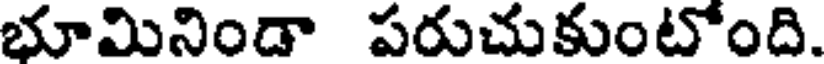
భూమినిండా పరుచుకుంటోంది.